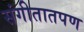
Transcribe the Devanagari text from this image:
संगीतातपण